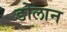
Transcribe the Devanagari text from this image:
डोलान